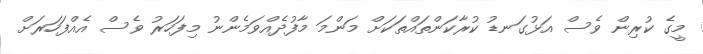
މީގެ ކުރިން ވެސް އަޅުގަނޑު ކުރާކަންތައްތަކަށް މަންމަ މާފުދެއްވަމެންނު މިފަހަރު ވެސް އެއްފަހަރަށް